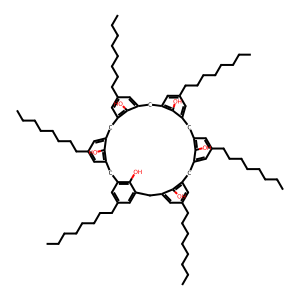
SMILES: CCCCCCCCc1cc2c(O)c(c1)Cc1cc(CCCCCCCC)cc(c1O)Cc1cc(CCCCCCCC)cc(c1O)Cc1cc(CCCCCCCC)cc(c1O)Cc1cc(CCCCCCCC)cc(c1O)Cc1cc(CCCCCCCC)cc(c1O)C2
Inhibits HIV replication: No